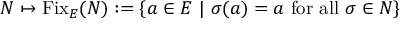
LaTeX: N \mapsto { \mathrm { F i x } } _ { E } ( N ) : = \{ a \in E ~ | ~ \sigma ( a ) = a { \mathrm { ~ f o r ~ a l l ~ } } \sigma \in N \}